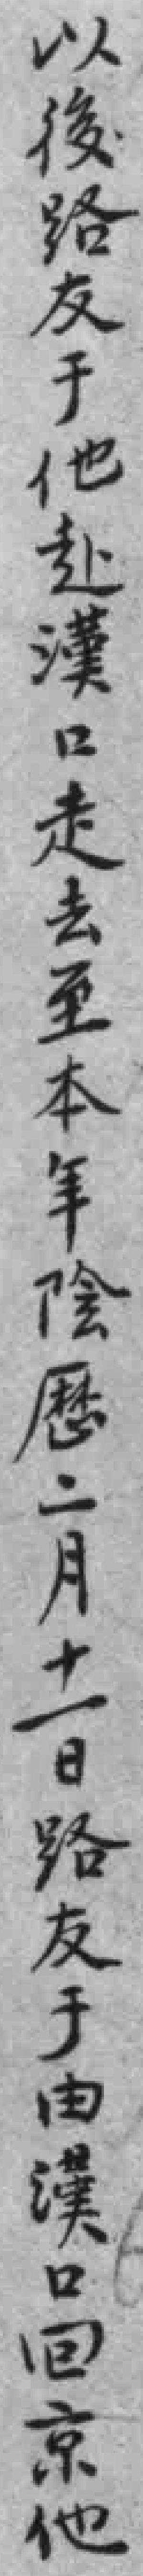
以後路友于他赴漢口走去至本年陰厯二月十一日路友于由漢口回京他